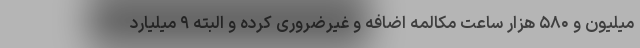
میلیون و ۵۸۰ هزار ساعت مکالمه اضافه و غیرضروری کرده و البته ۹ میلیارد